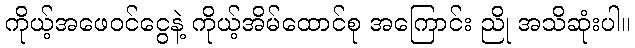
ကိုယ့်အဖေဝင်ငွေနဲ့ ကိုယ့်အိမ်ထောင်စု အကြောင်း ညို အသိဆုံးပါ။